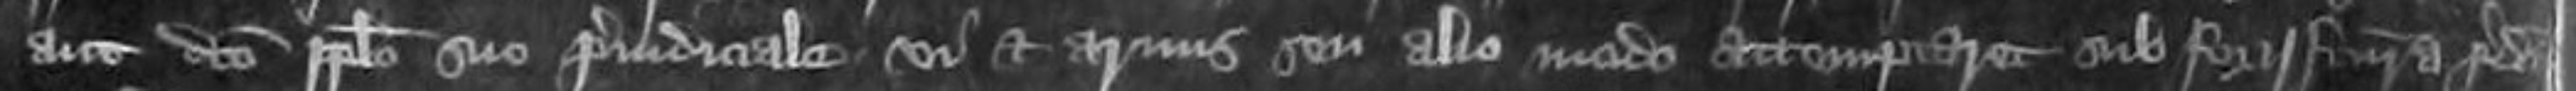
aut dicto populo suo preiudiciale vi et armis seu alio modo attemptaret sub forisfactura predicta